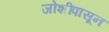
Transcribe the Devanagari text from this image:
जोशींपासून